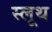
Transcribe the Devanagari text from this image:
स्लूथ